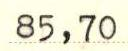
85,70